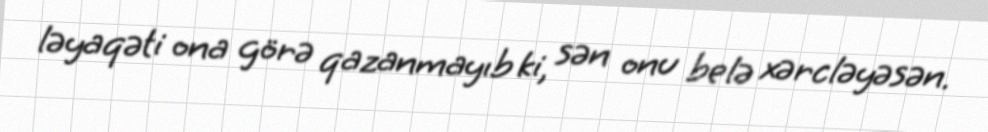
ləyaqəti ona görə qazanmayıb ki, sən onu belə xərcləyəsən.